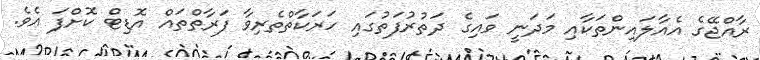
ރާއްޖޭގެ އެއާލައިންތަކާއި މަދަނީ ވައިގެ ދަތުރުފަތުގައި ހަރަކާތްތެރިވާ ފަރާތްތައް އޮޑިޓް ކޮށްފަ އެވެ.